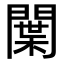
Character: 𨵳